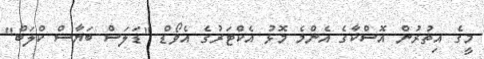
މީގެ އިތުރުން އޮސްކާގެ އެންމެ މޮޅު އެކްޓަރުގެ އެވޯޑް "ޑަލަސް ބަޔާސް ކްލަބް"